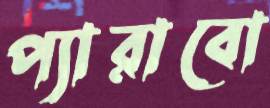
প্যারাবো